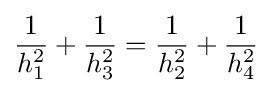
{\frac {1}{h_{1}^{2}}}+{\frac {1}{h_{3}^{2}}}={\frac {1}{h_{2}^{2}}}+{\frac {1}{h_{4}^{2}}}